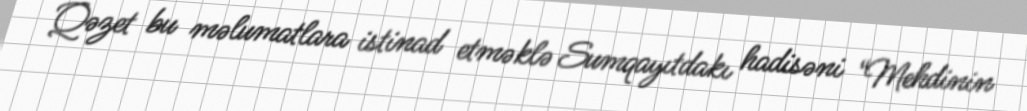
Qəzet bu məlumatlara istinad etməklə Sumqayıtdakı hadisəni “Mehdinin